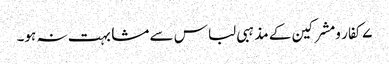
۷کفار ومشرکین کے مذہبی لباس سے مشابہت نہ ہو۔